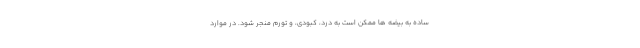
ساده به بیضه ها ممکن است به درد، کبودی، و تورم منجر شود. در موارد